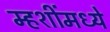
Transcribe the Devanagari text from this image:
म्हशींमध्ये